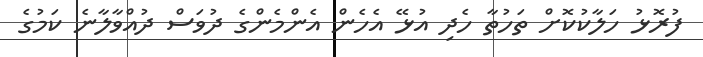
ފުރޮޅު ހަލާކުކޮށް ތަހުތާ ހެދި އުޅޭ އެހެން އެންމެންގެ ދުވަސް ދުއްވާލާނެ ކަމުގެ